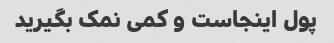
پول اینجاست و کمی نمک بگیرید